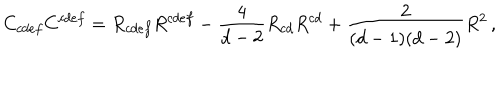
C _ { c d e f } C ^ { c d e f } = R _ { c d e f } R ^ { c d e f } - { \frac { 4 } { d - 2 } } R _ { c d } R ^ { c d } + { \frac { 2 } { ( d - 1 ) ( d - 2 ) } } R ^ { 2 } \, ,